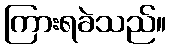
ကြားရခဲသည်။